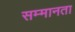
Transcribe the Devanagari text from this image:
सम्मानता